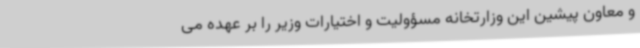
و معاون پیشین این وزارتخانه مسؤولیت و اختیارات وزیر را بر عهده می